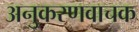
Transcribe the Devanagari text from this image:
अनुकरणवाचक